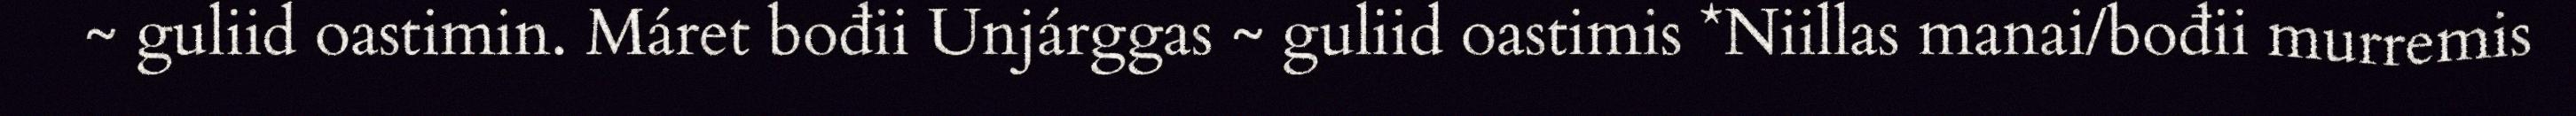
~ guliid oastimin. Máret bođii Unjárggas ~ guliid oastimis *Niillas manai/bođii murremis